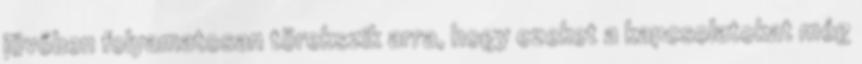
jövőben folyamatosan törekszik arra, hogy ezeket a kapcsolatokat még